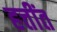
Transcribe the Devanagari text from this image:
हत्तींत